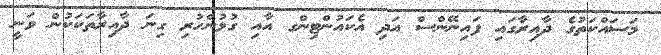
މަސައްކަތުގެ ދާއިރާގައި ފައިނޭންސް އަދި އެކައުންޓިންގ އާއި ގުޅުންހުރި ގިނަ ދާއިރާތަކަކުން ވަނީ